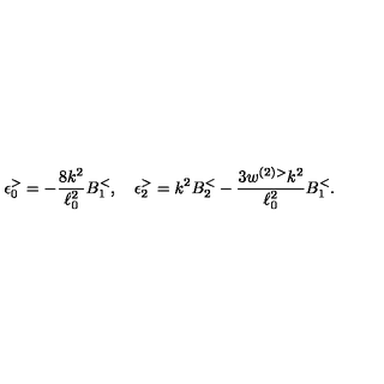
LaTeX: \epsilon _ { 0 } ^ { > } = - \frac { 8 k ^ { 2 } } { \ell _ { 0 } ^ { 2 } } B _ { 1 } ^ { < } , \quad \epsilon _ { 2 } ^ { > } = k ^ { 2 } B _ { 2 } ^ { < } - \frac { 3 w ^ { ( 2 ) > } k ^ { 2 } } { \ell _ { 0 } ^ { 2 } } B _ { 1 } ^ { < } .